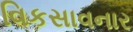
વિકસાવનાર